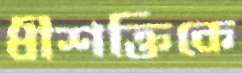
ধীশক্তিকে